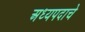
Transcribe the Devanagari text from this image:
अध्यपदाचे